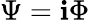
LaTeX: \Psi=\mathbf{i}\Phi